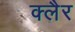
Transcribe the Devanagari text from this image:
क्लैर